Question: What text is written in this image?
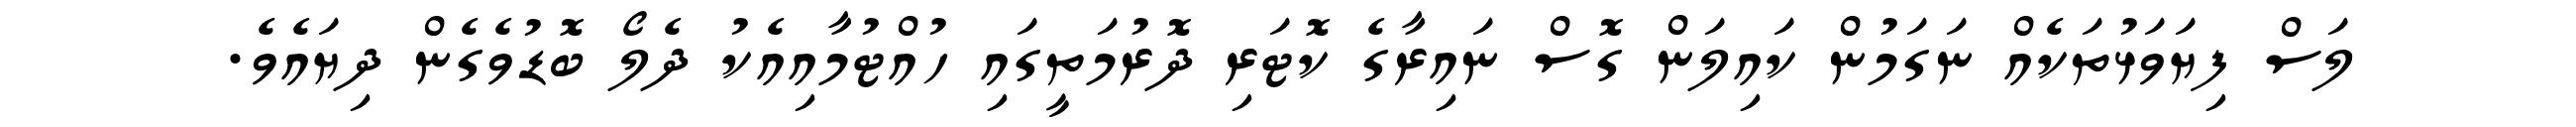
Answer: ލަސް ފިޔަވަޅުތަކެއް ނަގަމުން ކައިލަން ގޮސް ނައިރާގެ ކޮޓަރި ދޮރުމަތީގައި ހުއްޓުމާއިއެކު ދެލޯ ބޮޑުވެގެން ދިޔައެވެ.